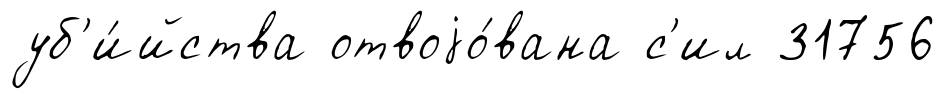
уб'и́йства отвоjо́вана с'ил 31756